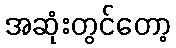
အဆုံးတွင်တော့